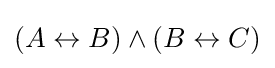
(A\leftrightarrow B)\land (B\leftrightarrow C)